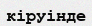
кіруінде